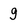
Character: g